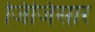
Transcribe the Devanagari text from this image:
जिजिसार